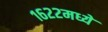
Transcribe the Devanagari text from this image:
१६२२मध्ये